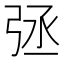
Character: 𢏞